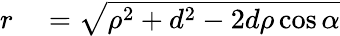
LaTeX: \begin{array}{rl}{r}&{{}=\sqrt{{\rho}^{2}+d^{2}-2d\rho\cos{\alpha}}}\end{array}